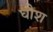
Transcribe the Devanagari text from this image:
घौश